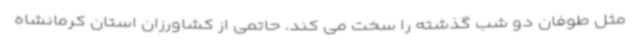
مثل طوفان دو شب گذشته را سخت می کند. حاتمی از کشاورزان استان کرمانشاه